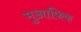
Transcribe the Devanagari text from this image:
मुआफिक